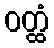
ဝတ္ထံ